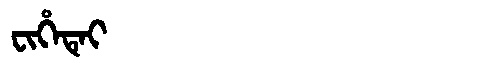
Manchu: ᠸᡳᡥᡝᡨᡝᡳ
Romanization: FIHETEI